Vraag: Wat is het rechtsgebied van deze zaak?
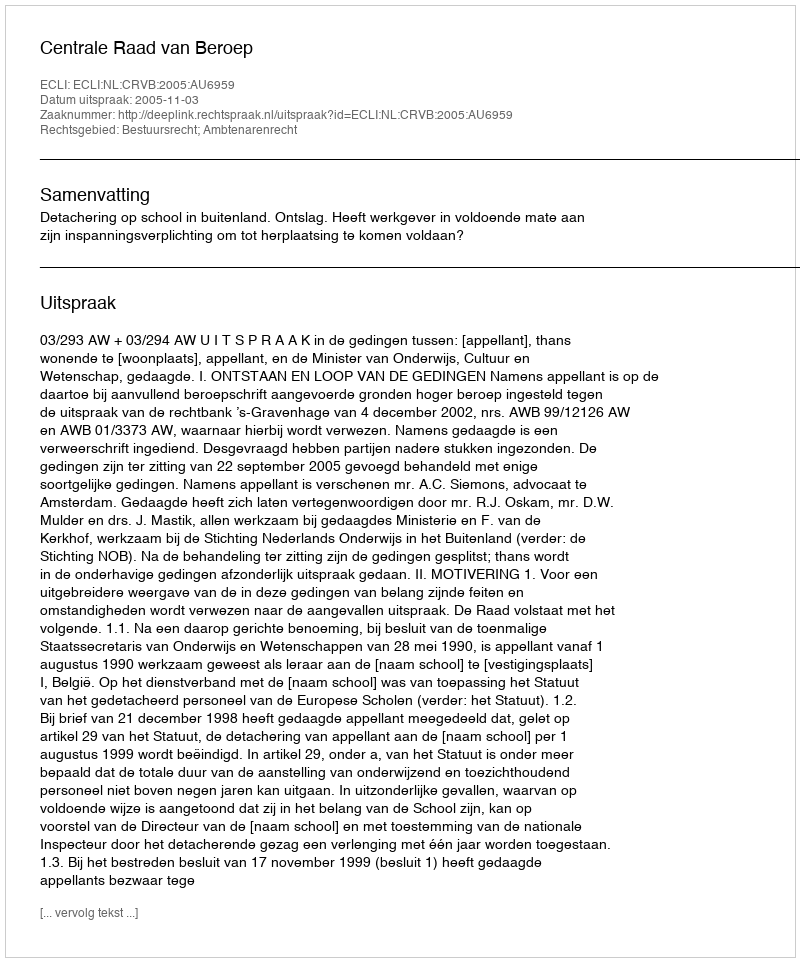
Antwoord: Bestuursrecht; Ambtenarenrecht